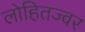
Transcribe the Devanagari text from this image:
लोहितज्वर